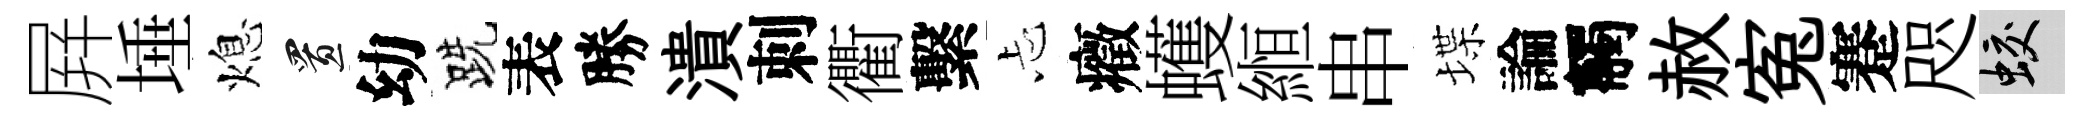
屛埵熄置幼跣表勝潰刺衢繫忐癥蠖縆串堞論觸赦寃蹇咫蛟